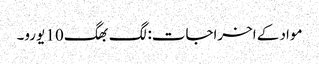
مواد کے اخراجات: لگ بھگ 10 یورو۔